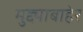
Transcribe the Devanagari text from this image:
मुद्द्याबाहेर